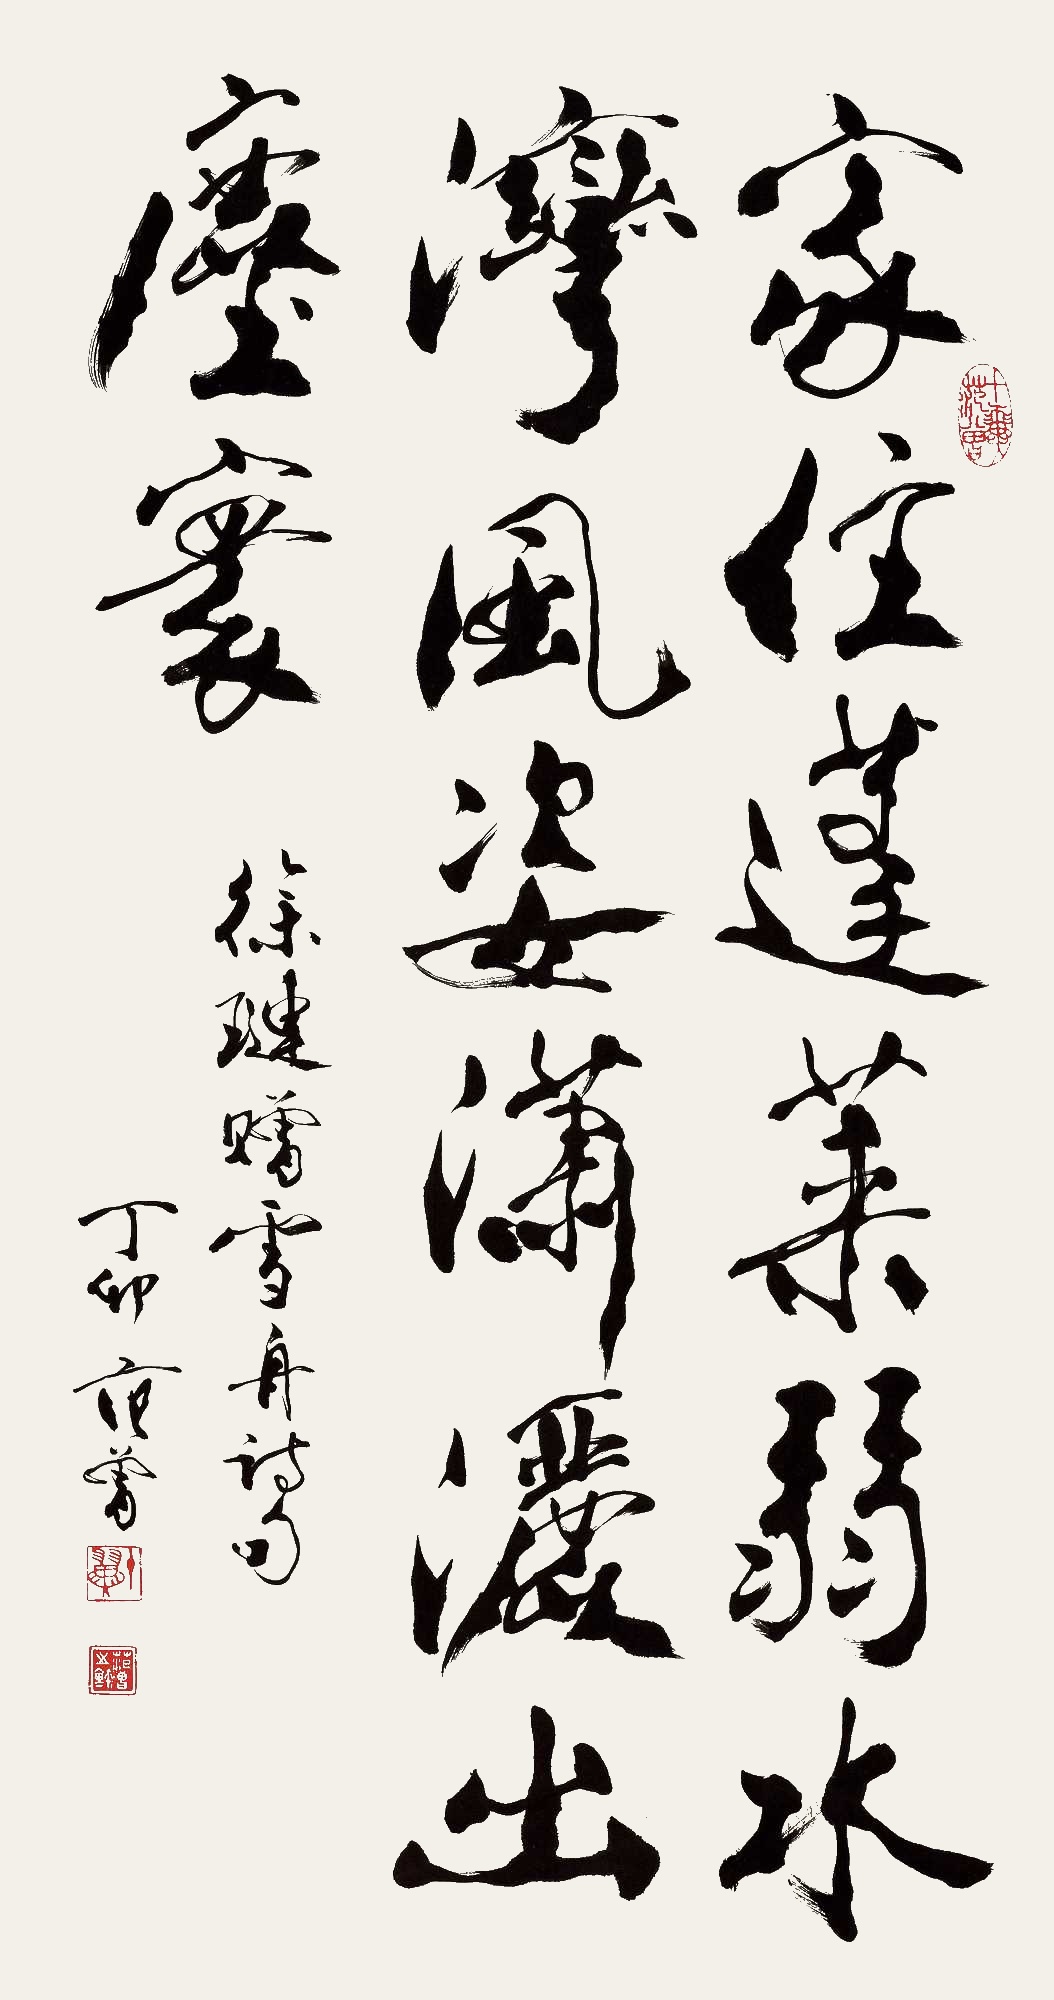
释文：家住蓬莱弱水湾，风姿潇洒出尘寰。徐琏赠雪舟诗句。丁卯范曾。